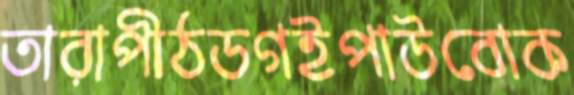
তারাপীঠডগইপাউবোক